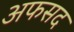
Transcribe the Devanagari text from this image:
अफसद